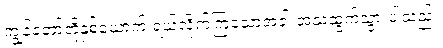
ကျွန်တော်တို့နှစ်ယောက် ရယ်လိုက်ကြသောအခါ အသံထွက်သွားပါသည်။